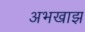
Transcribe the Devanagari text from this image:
अभखाझ